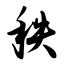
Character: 秩